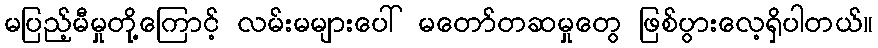
မပြည့်မီမှုတို့ကြောင့် လမ်းမများပေါ် မတော်တဆမှုတွေ ဖြစ်ပွားလေ့ရှိပါတယ်။